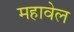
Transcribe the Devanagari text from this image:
महावेल